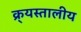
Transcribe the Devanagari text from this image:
क्र्यस्तालीय